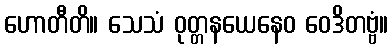
ဟောတီတိ။ သေသံ ဝုတ္တနယေနေဝ ဝေဒိတဗ္ဗံ။